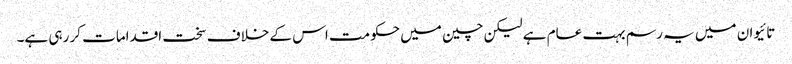
تائیوان میں یہ رسم بہت عام ہے لیکن چین میں حکومت اس کے خلاف سخت اقدامات کر رہی ہے۔